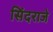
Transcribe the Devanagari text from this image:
सिंदराजे